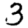
Digit: 3